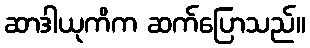
ဆာဒါယုကိက ဆက်ပြောသည်။